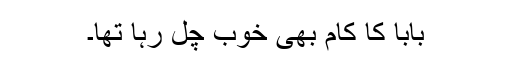
بابا کا کام بھی خوب چل رہا تھا۔